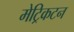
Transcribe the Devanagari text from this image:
मेट्रिकटन